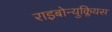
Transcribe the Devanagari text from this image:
राइबोन्युक्लियस